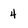
Character: 4